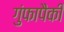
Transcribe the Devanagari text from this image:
गुंफापैकी